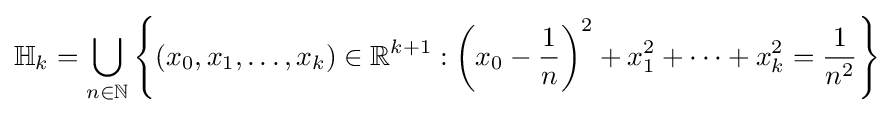
\mathbb {H} _{k}=\bigcup _{n\in \mathbb {N} }\left\{(x_{0},x_{1},\ldots ,x_{k})\in \mathbb {R} ^{k+1}:\left(x_{0}-{\frac {1}{n}}\right)^{2}+x_{1}^{2}+\cdots +x_{k}^{2}={\frac {1}{n^{2}}}\right\}